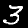
Digit: 3